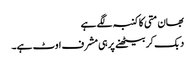
بھان متی کا کنبہ لگے ہے
دبک کر بیٹھنے پر ہی مشرف اوٹ ہے۔